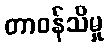
တာဝန်သိမှု